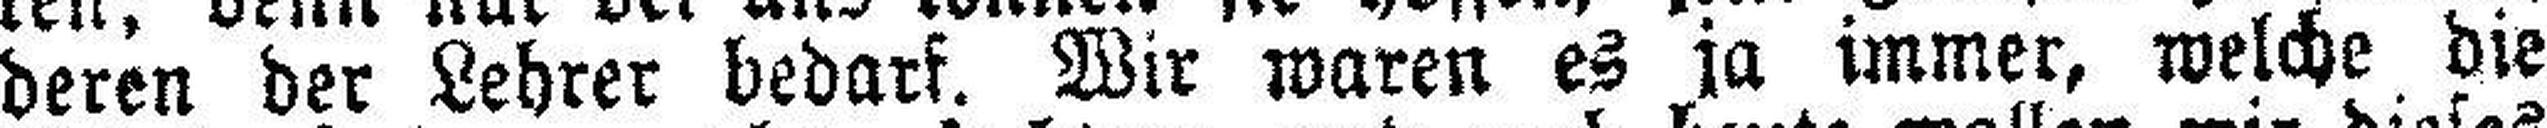
deren der Lehrer bedarf. Wir waren es ja immer, welche die